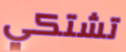
تشتكي